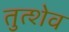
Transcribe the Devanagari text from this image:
तुत्शेव